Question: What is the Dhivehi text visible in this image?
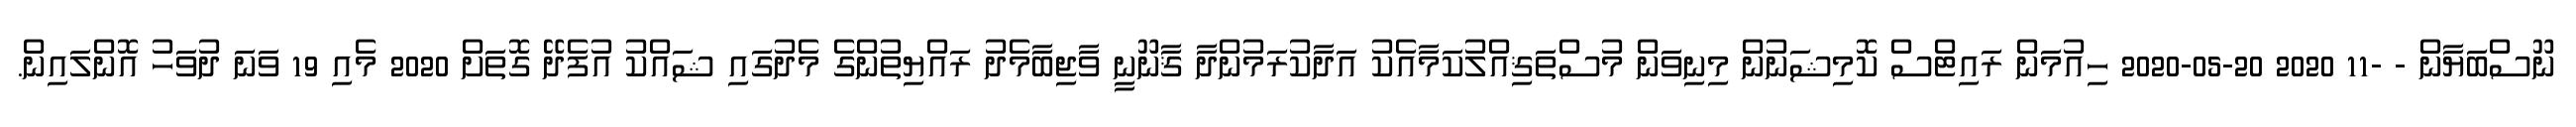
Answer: ނޫސްބަޔާން - -11 2020 20-05-2020 ހިއުމަން ރައިޓްސް ކޮމިޝަނުން މިނިވަން މުސްތަޤިއްލުކަމާއެކު އަދާކުރަމުންދާ ޤާނޫނީ ވާޖިބާމެދު ރައްޔިތުންގެ މެދުގައި ޝައްކު އުފެދޭ ގޮތަށް 2020 މެއި 19 ވަނަ ދުވަހު އޮންލައިން.